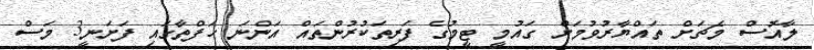
ލާއޮސް މެޗަށް ތައްޔާރުވުމަށް ގައުމީ ޓީމުގެ ފަރިތަކުރުންތައް އަންނަ ހަފްތާގައި ފަށަނީ3 މަސް